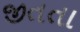
જીતતા